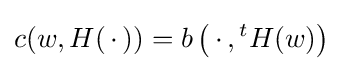
c(w,H(\,\cdot \,))=b\left(\,\cdot \,,{}^{t}H(w)\right)